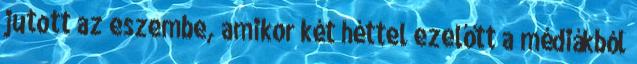
jutott az eszembe, amikor két héttel ezelőtt a médiákból